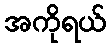
အကိုရယ်